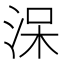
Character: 㳭